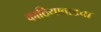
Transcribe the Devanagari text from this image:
काठियावाडचा